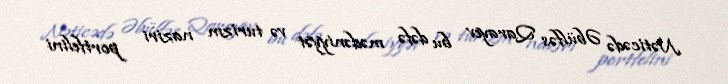
Nəticədə Əbülfəs Qarayev bu dəfə mədəniyyət və turizm naziri portfelini